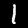
Label: 1